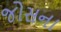
જોસના